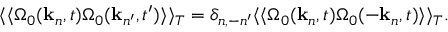
\langle \langle \Omega _ { 0 } ( { \bf k } _ { n } , t ) \Omega _ { 0 } ( { \bf k } _ { n ^ { \prime } } , t ^ { \prime } ) \rangle \rangle _ { T } = \delta _ { n , - n ^ { \prime } } \langle \langle \Omega _ { 0 } ( { \bf k } _ { n } , t ) \Omega _ { 0 } ( - { \bf k } _ { n } , t ) \rangle \rangle _ { T } .